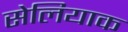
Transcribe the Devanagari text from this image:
सेलियाक